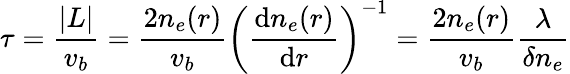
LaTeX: \tau=\frac{|L|}{v_{b}}=\frac{2n_{e}(r)}{v_{b}}\left(\frac{\mathrm{d}n_{e}(r)}{\mathrm{d}r}\right)^{-1}=\frac{2n_{e}(r)}{v_{b}}\frac{\lambda}{\delta n_{e}}